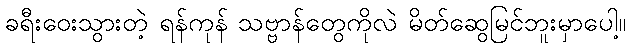
ခရီးဝေးသွားတဲ့ ရန်ကုန် သဗ္ဗာန်တွေကိုလဲ မိတ်ဆွေမြင်ဘူးမှာပေါ့။